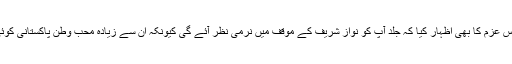
انہوں نے اس عزم کا بھی اظہار کیا کہ جلد آپ کو نواز شریف کے موقف میں نرمی نظر آئے گی کیونکہ ان سے زیادہ مُحبِ وطن پاکستانی کوئی نہیں ہے۔